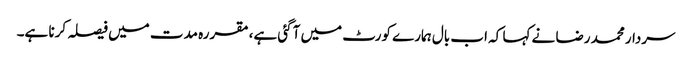
سردار محمد رضا نے کہا کہ اب بال ہمارے کورٹ میں آگئی ہے، مقررہ مدت میں فیصلہ کرنا ہے۔